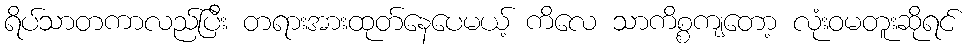
ရိပ်သာတကာလည်ပြီး တရားအားထုတ်နေပေမယ့် ကိလေ သာကိစ္စကျတော့ လုံးဝမတူးဆိုရင်